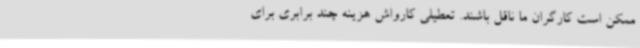
ممکن است کارگران ما ناقل باشند. تعطیلی کارواش هزینه چند برابری برای